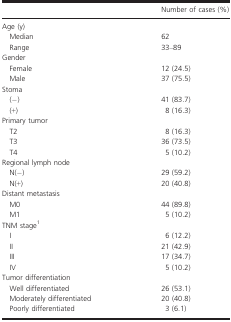
|  | Number of cases (%) |
 | --- | --- |
 | <COLSPAN=2> Age (y) |
 | Median | 62 |
 | Range | 33–89 |
 | <COLSPAN=2> Gender |
 | Female | 12 (24.5) |
 | Male | 37 (75.5) |
 | <COLSPAN=2> Stoma |
 | (−) | 41 (83.7) |
 | (+) | 8 (16.3) |
 | <COLSPAN=2> Primary tumor |
 | T2 | 8 (16.3) |
 | T3 | 36 (73.5) |
 | T4 | 5 (10.2) |
 | <COLSPAN=2> Regional lymph node |
 | N(−) | 29 (59.2) |
 | N(+) | 20 (40.8) |
 | <COLSPAN=2> Distant metastasis |
 | M0 | 44 (89.8) |
 | M1 | 5 (10.2) |
 | <COLSPAN=2> TNM stage1 |
 | I | 6 (12.2) |
 | II | 21 (42.9) |
 | III | 17 (34.7) |
 | IV | 5 (10.2) |
 | <COLSPAN=2> Tumor differentiation |
 | Well differentiated | 26 (53.1) |
 | Moderately differentiated | 20 (40.8) |
 | Poorly differentiated | 3 (6.1) |